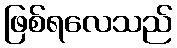
ဖြစ်ရလေသည်